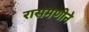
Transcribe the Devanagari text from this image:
रासमणीने